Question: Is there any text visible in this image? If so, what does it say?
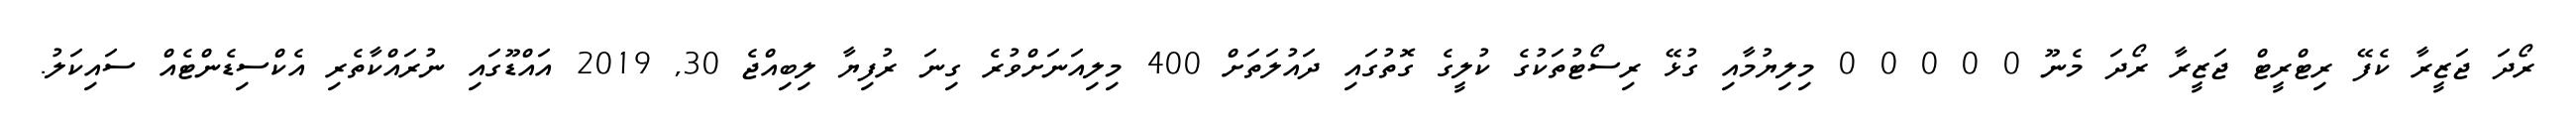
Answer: ރޯދަ ޖަޒީރާ ކެފޭ ރިޓްރީޓް ޖަޒީރާ ރޯދަ މެނޫ 0 0 0 0 0 މިލިޔުމާއި ގުޅޭ ރިސޯޓުތަކުގެ ކުލީގެ ގޮތުގައި ދައުލަތަށް 400 މިލިއަނަށްވުރެ ގިނަ ރުފިޔާ ލިބިއްޖެ 30, 2019 އައްޑޫގައި ނުރައްކާތެރި އެކްސިޑެންޓެއް ސައިކަލު.